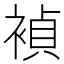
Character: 𬡥